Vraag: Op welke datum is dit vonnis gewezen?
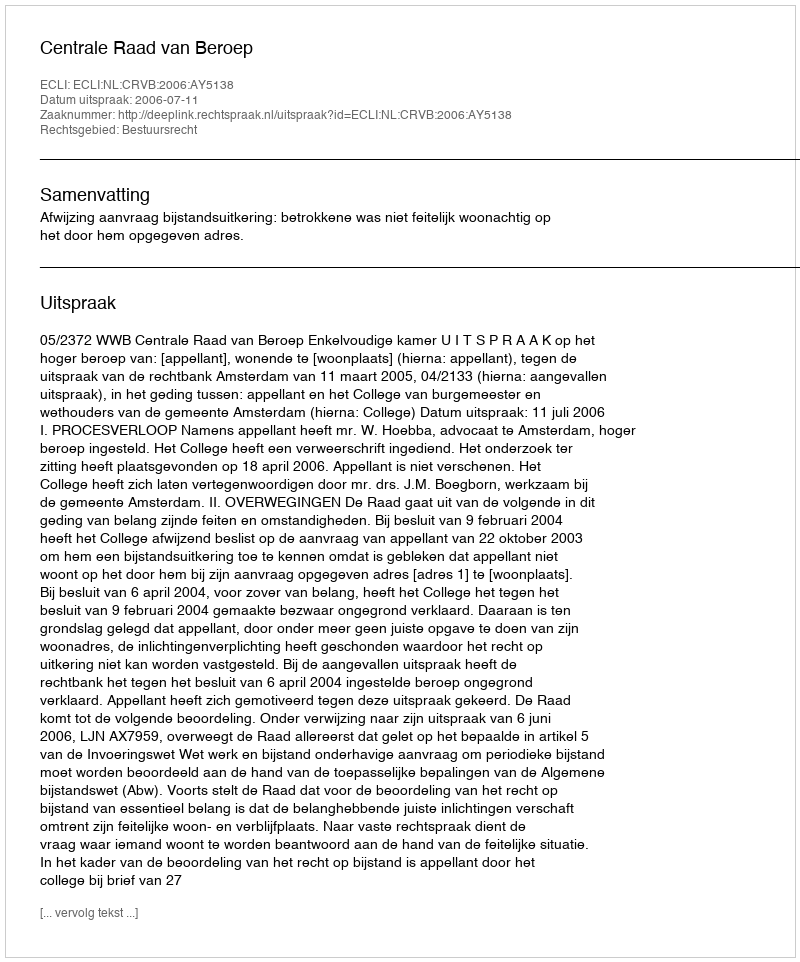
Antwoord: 2006-07-11